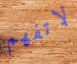
لاتفهم